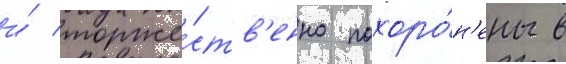
и́ торже́ств'енно похоро́н'ены в